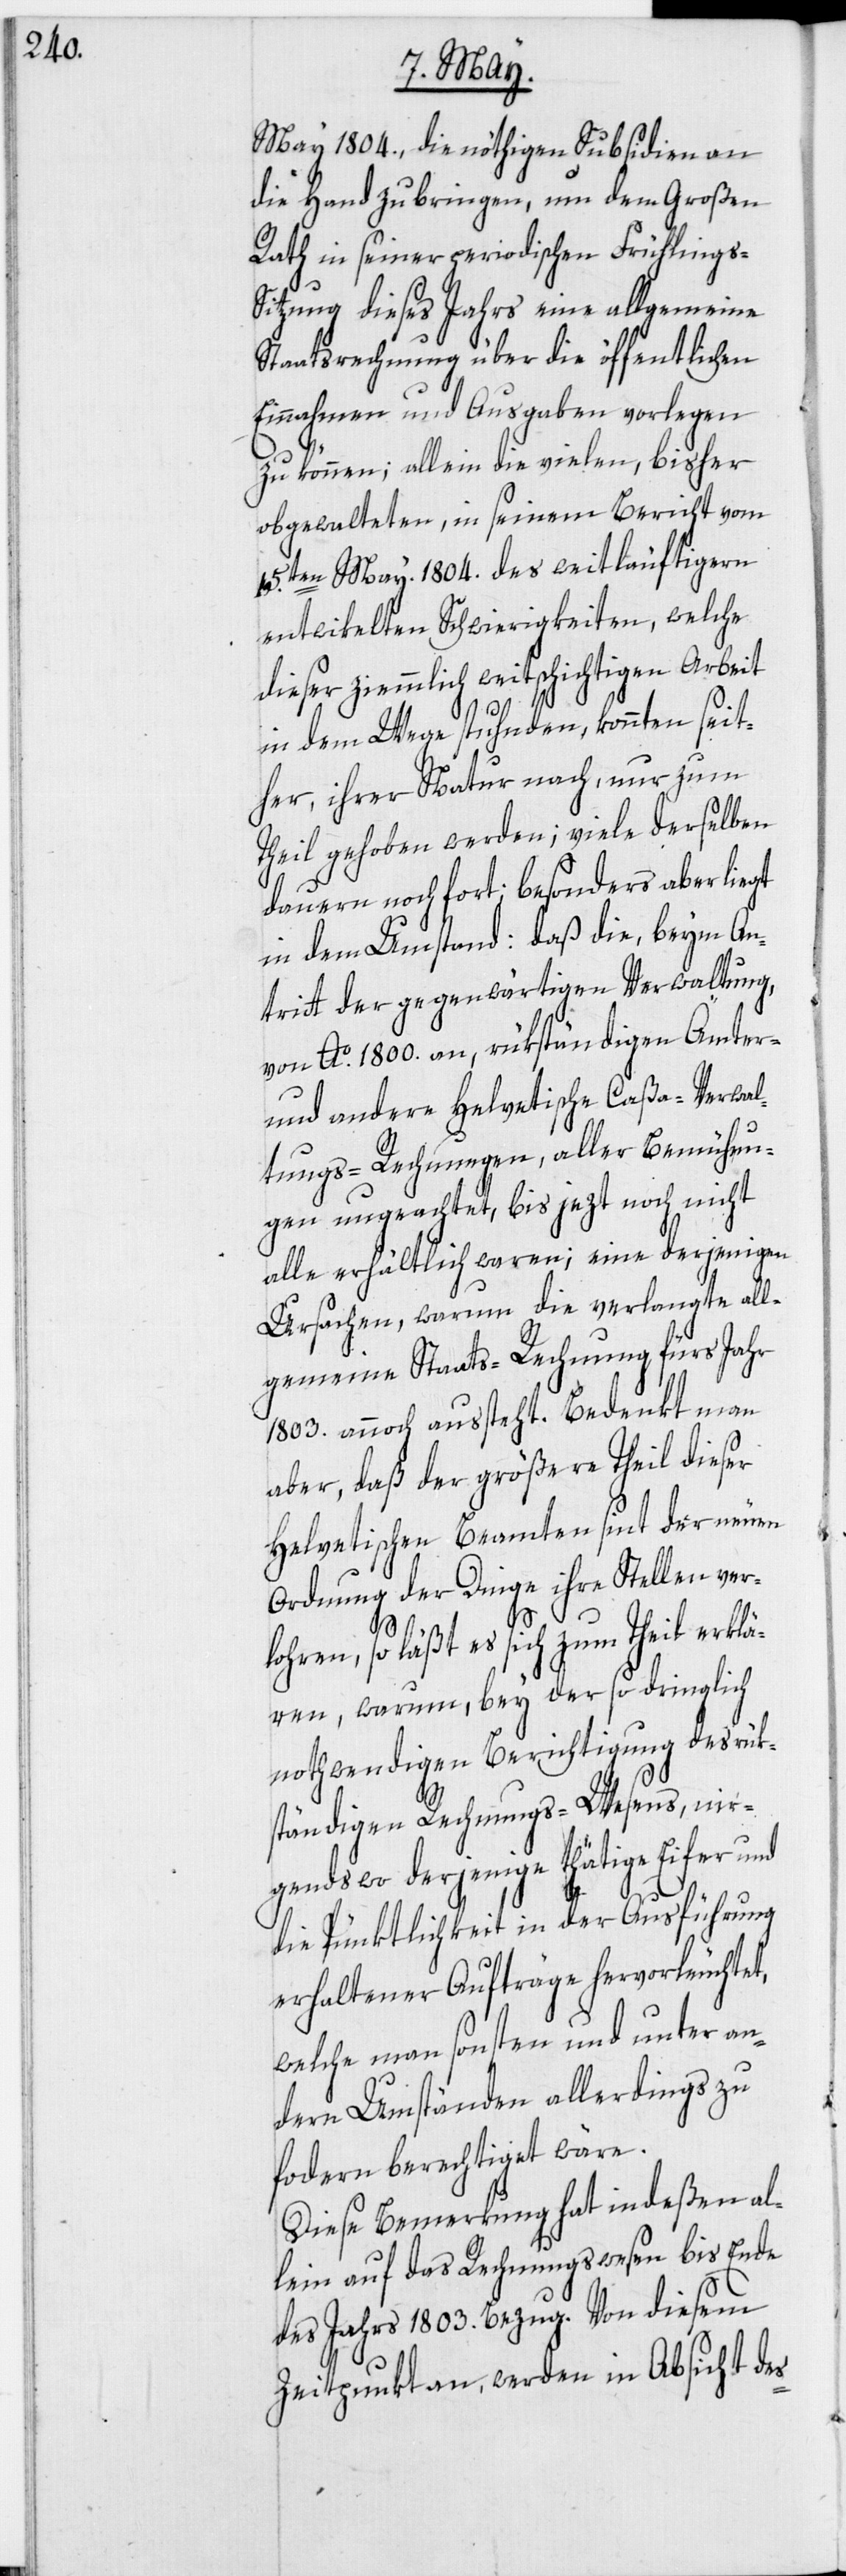
May 1804., die nöthigen Subsidien an
die Hand zu bringen, um dem Großen
Rath in seiner periodischen Frühlings-S¬
itzung dieses Jahrs eine allgemeine
Staatsrechnung über die öffentlichen
Einnahmen und Ausgaben vorlegen
zu können; allein die vielen, bisher
obgewalteten, in seinem Bericht vom
[?1]5ten May 1804. des weitläuftigern
entwikelten Schwierigkeiten, welche
dieser ziemmlich weitschichtigen Arbeit
in dem Wege stuhnden, konnten seit¬
her, ihrer Natur nach, nur zum
Theil gehoben werden; viele derselben
dauern noch fort; besonders aber liegt
in dem Umstand: daß die, beym An¬
tritt der gegenwärtigen Verwaltung,
von Ao. 1800. an, rükständigen Ämter-
und andere Helvetische Caßa-Verwal¬
tungs-Rechnungen, aller Bemühun¬
gen ungeachtet, bis jezt noch nicht
alle erhältlich waren; eine derjenigen
Ursachen, warum die verlangte all¬
gemeine Staats-Rechnung fürs Jahr
1803. annoch aussteht. Bedenkt man
aber, daß der größere Theil dieser
Helvetischen Beamten sint der neuen
Ordnung der Dinge ihre Stellen ver¬
lohren, so läßt es sich zum Theil erklä¬
ren, warum, bey der so dringlich
nothwendigen Berichtigung des rük¬
ständigen Rechnungs-Wesens, nir¬
gendswo derjenige thätige Eifer und
die Pünktlichkeit in der Ausführung
erhaltener Aufträge hervorleuchtet,
welche man sonsten und unter an¬
dern Umständen allerdings zu
fo[r]dern berechtiget wäre.
Diese Bemerkung hat indeßen al¬
lein auf das Rechnungswesen bis Ende
des Jahrs 1803. Bezug. Von diesem
Zeitpunkt an, werden in Absicht des-